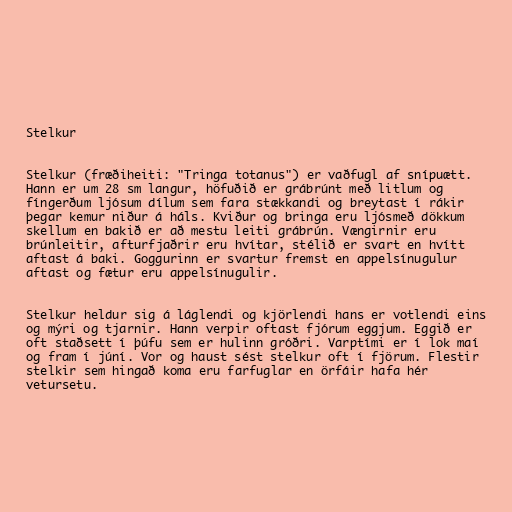
Stelkur

Stelkur (fræðiheiti: "Tringa totanus") er vaðfugl af snípuætt.
Hann er um 28 sm langur, höfuðið er grábrúnt með litlum og
fíngerðum ljósum dílum sem fara stækkandi og breytast í rákir
þegar kemur niður á háls. Kviður og bringa eru ljósmeð dökkum
skellum en bakið er að mestu leiti grábrún. Vængirnir eru
brúnleitir, afturfjaðrir eru hvítar, stélið er svart en hvítt
aftast á baki. Goggurinn er svartur fremst en appelsínugulur
aftast og fætur eru appelsínugulir.

Stelkur heldur sig á láglendi og kjörlendi hans er votlendi eins
og mýri og tjarnir. Hann verpir oftast fjórum eggjum. Eggið er
oft staðsett í þúfu sem er hulinn gróðri. Varptími er í lok maí
og fram í júní. Vor og haust sést stelkur oft í fjörum. Flestir
stelkir sem hingað koma eru farfuglar en örfáir hafa hér
vetursetu.